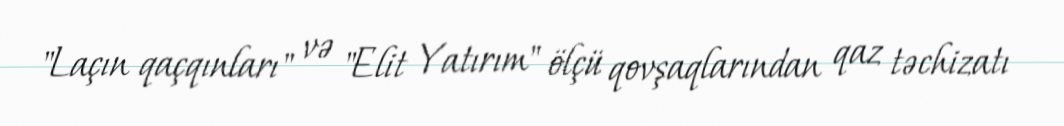
"Laçın qaçqınları" və "Elit Yatırım" ölçü qovşaqlarından qaz təchizatı